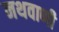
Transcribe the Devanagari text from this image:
नथवाणी